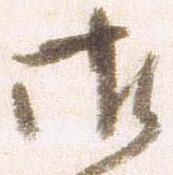
御